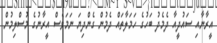
އީރާނާއި ސައުދީއާ ދެމެދު ބަހުގެ ހަމަލާތައް ދެމުން ގެންދިޔަ ނަމަވެސް އީރާނުގެ މުސްލިމުން